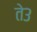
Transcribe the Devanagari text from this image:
ते३